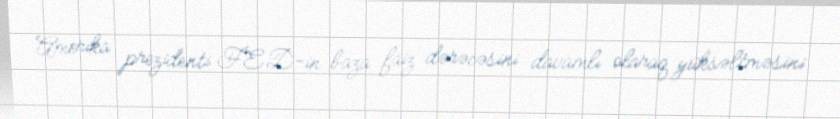
Amerika prezidenti FED-in baza faiz dərəcəsini davamlı olaraq yüksəltməsini